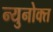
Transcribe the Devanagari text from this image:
न्युनोक्त